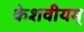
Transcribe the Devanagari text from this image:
केशवीयम्